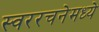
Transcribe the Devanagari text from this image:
स्वररचनेमध्ये